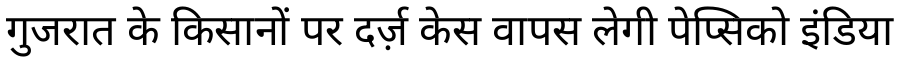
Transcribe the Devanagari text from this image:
गुजरात के किसानों पर दर्ज़ केस वापस लेगी पेप्सिको इंडिया